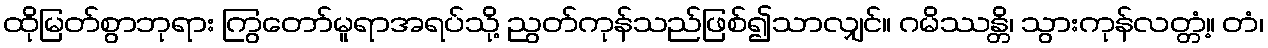
ထိုမြတ်စွာဘုရား ကြွတော်မူရာအရပ်သို့ ညွတ်ကုန်သည်ဖြစ်၍သာလျှင်။ ဂမိဿန္တိ၊ သွားကုန်လတ္တံ့။ တံ၊